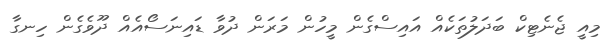
މިއީ ޖެނެޓިކް ބަދަލުތަކެއް އައިސްގެން މީހުން މަރަން ދުވާ ޑައިނަސޯއެއް ދޫވެގެން ހިނގާ